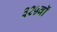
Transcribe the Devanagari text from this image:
३२५वॉ